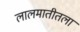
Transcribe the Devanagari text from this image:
लालमातीतला